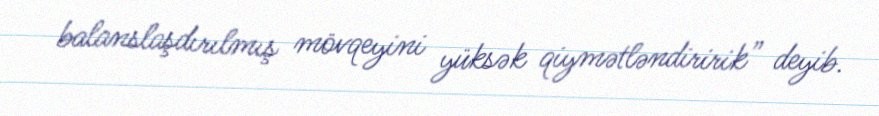
balanslaşdırılmış mövqeyini yüksək qiymətləndiririk” deyib.